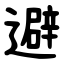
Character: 避